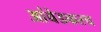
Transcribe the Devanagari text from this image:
आंबेडकरच